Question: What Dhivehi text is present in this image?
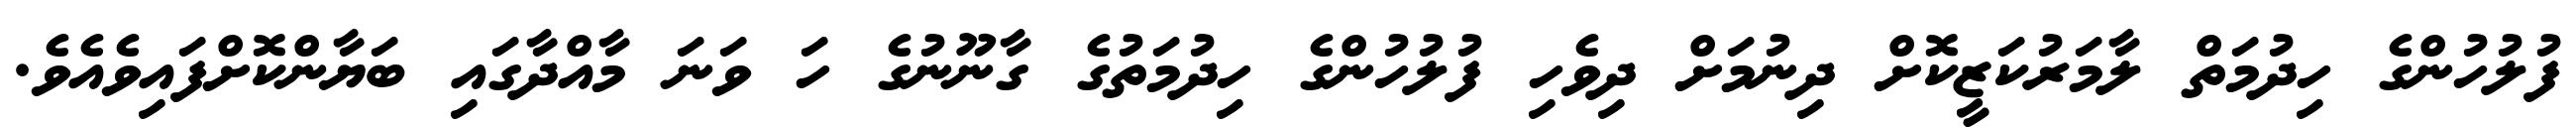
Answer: ފުލުހުންގެ ހިދުމަތް ލާމަރުކަޒީކޮށް ދިނުމަށް ދިވެހި ފުލުހުންގެ ހިދުމަތުގެ ގާނޫނުގެ ހަ ވަނަ މާއްދާގައި ބަޔާންކޮށްފައިވެއެވެ.